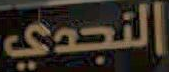
النجدي